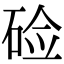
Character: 硷